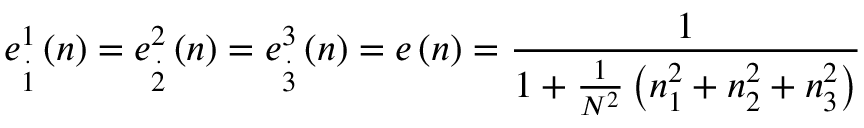
e _ { \overset { . } { 1 } } ^ { 1 } \left( n \right) = e _ { \overset { . } { 2 } } ^ { 2 } \left( n \right) = e _ { \overset { . } { 3 } } ^ { 3 } \left( n \right) = e \left( n \right) = \frac { 1 } { 1 + \frac { 1 } { N ^ { 2 } } \left( n _ { 1 } ^ { 2 } + n _ { 2 } ^ { 2 } + n _ { 3 } ^ { 2 } \right) }